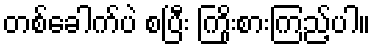
တစ်ခေါက်ပဲ စပြီး ကြိုးစားကြည့်ပါ။